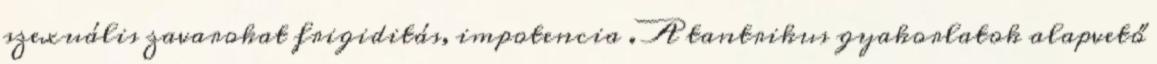
szexuális zavarokat frigiditás, impotencia . A tantrikus gyakorlatok alapvető